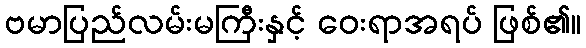
ဗမာပြည်လမ်းမကြီးနှင့် ဝေးရာအရပ် ဖြစ်၏။